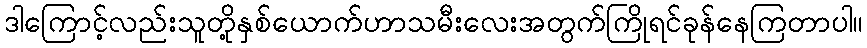
ဒါကြောင့်လည်းသူတို့နှစ်ယောက်ဟာသမီးလေးအတွက်ကြိုရင်ခုန်နေကြတာပါ။